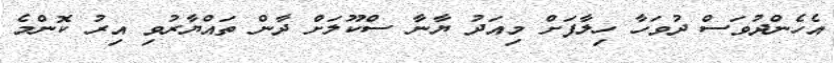
އެހެންދުވަސް ދުވަހާ ހިލާފަށް މިއަދު ޔާނާ ސްކޫލަށް ދާން ތައްޔާރުވި އިރު ކޮންމެ